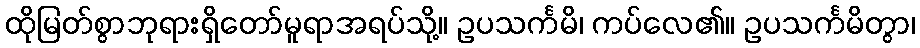
ထိုမြတ်စွာဘုရားရှိတော်မူရာအရပ်သို့။ ဥပသင်္ကမိ၊ ကပ်လေ၏။ ဥပသင်္ကမိတွာ၊